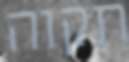
תקוה